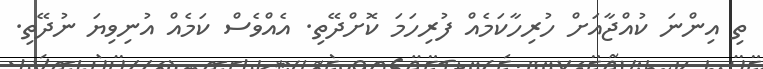
ތި އިންނަ ކުއްޖާއަށް ހުރިހާކަމެއް ފުރިހަމަ ކޮށްދޭތި. އެއްވެސް ކަމެއް އުނިވިޔަ ނުދޭތި.